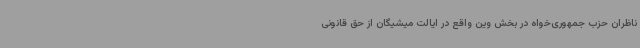
ناظران حزب جمهوری‌خواه در بخش وین واقع در ایالت میشیگان از حق قانونی